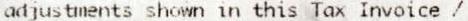
ADJUSTMENTS SHOWN IN THIS TAX INVOICE /